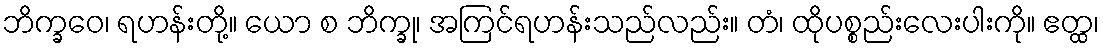
ဘိက္ခဝေ၊ ရဟန်းတို့။ ယော စ ဘိက္ခု၊ အကြင်ရဟန်းသည်လည်း။ တံ၊ ထိုပစ္စည်းလေးပါးကို။ ဧတ္ထ၊